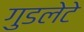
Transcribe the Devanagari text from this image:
गुडलेटे